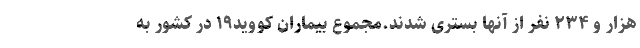
هزار و ۲۳۴ نفر از آنها بستری شدند.مجموع بیماران کووید۱۹ در کشور به